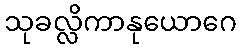
သုခလ္လိကာနုယောဂေ